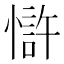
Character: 𢠇